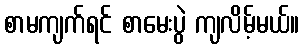
စာမကျက်ရင် စာမေးပွဲ ကျလိမ့်မယ်။